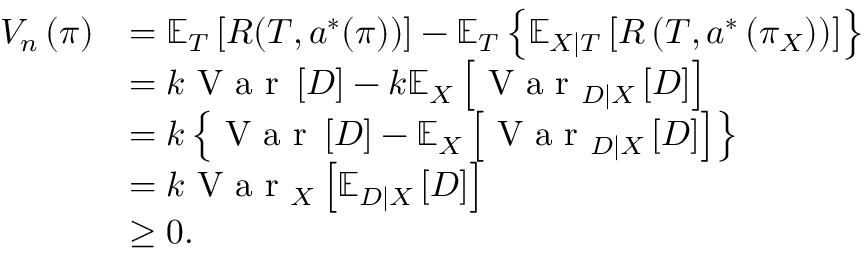
\begin{array} { r l } { V _ { n } \left( \pi \right) } & { = \mathbb { E } _ { T } \left[ R ( T , a ^ { * } ( \pi ) ) \right] - \mathbb { E } _ { T } \left\{ \mathbb { E } _ { X | T } \left[ R \left( T , a ^ { * } \left( \pi _ { X } \right) \right) \right] \right\} } \\ & { = k \textrm { V a r } \left[ D \right] - k \mathbb { E } _ { X } \left[ { \textrm { V a r } _ { D | X } \left[ D \right] } \right] } \\ & { = k \left\{ { \textrm { V a r } \left[ D \right] } - { \mathbb { E } _ { X } \left[ { \textrm { V a r } _ { D | X } \left[ D \right] } \right] } \right\} } \\ & { = k \textrm { V a r } _ { X } \left[ { \mathbb { E } _ { D | X } \left[ D \right] } \right] } \\ & { \geq 0 . } \end{array}